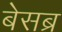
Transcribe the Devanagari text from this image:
बेसब्र